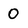
Character: 0